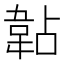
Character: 䪓